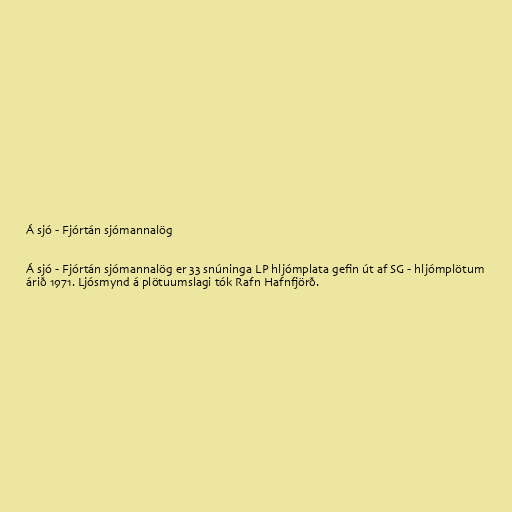
Á sjó - Fjórtán sjómannalög

Á sjó - Fjórtán sjómannalög er 33 snúninga LP hljómplata gefin út af SG - hljómplötum
árið 1971. Ljósmynd á plötuumslagi tók Rafn Hafnfjörð.